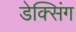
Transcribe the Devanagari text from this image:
डेक्सिंग